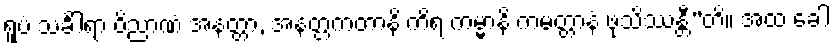
ရူပံ သင်္ခါရာ ဝိညာဏံ အနတ္တာ, အနတ္တကတာနိ ကိရ ကမ္မာနိ ကမတ္တာနံ ဖုသိဿန္တီ”တိ။ အထ ခေါ